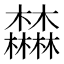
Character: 𣡕